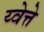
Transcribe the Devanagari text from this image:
य्वेत्ते